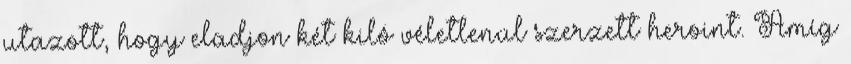
utazott, hogy eladjon két kiló véletlenül szerzett heroint. Amíg